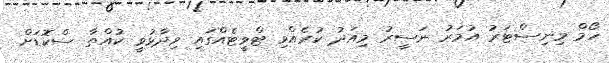
ހޯމް މިނިސްޓަރު އުމަރު ނަސީރު މިއަދު ކުރެއްވި ޓްވީޓެއްގައި ވިދާޅުވީ ކުއްތާ ސްކޮޑަށް